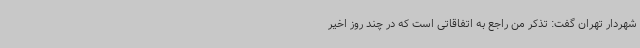
شهردار تهران گفت: تذکر من راجع به اتفاقاتی است که در چند روز اخیر